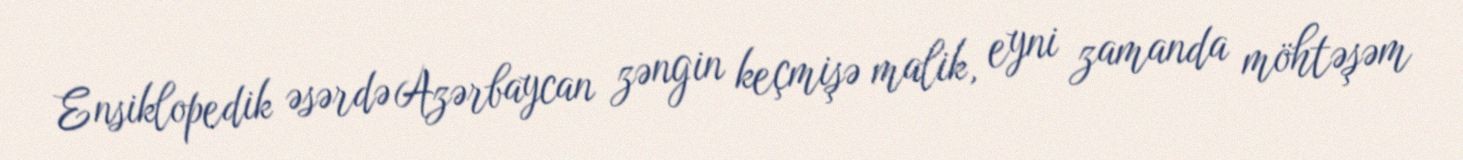
Ensiklopedik əsərdə Azərbaycan zəngin keçmişə malik, eyni zamanda möhtəşəm